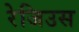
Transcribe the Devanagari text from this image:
रेजिउस